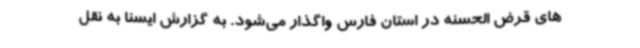
های قرض الحسنه در استان فارس واگذار می‌شود. به گزارش ایسنا به نقل